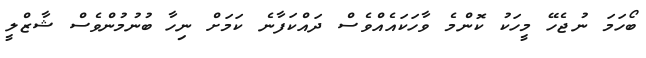
ބޯހަމަ ނުޖެހޭ މީހަކު ކޮންމެ ވާހަކައެއްވެސް ދައްކަފާނެ ކަމަށް ނިހާ ބުނުމުންވެސް ޝާޒްލީ